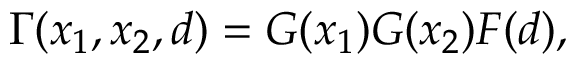
\Gamma ( x _ { 1 } , x _ { 2 } , d ) = G ( x _ { 1 } ) G ( x _ { 2 } ) F ( d ) ,